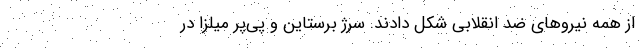
از همه نیروهای ضد انقلابی شکل دادند. سرژ برستاین و پی‌پر میلزا در